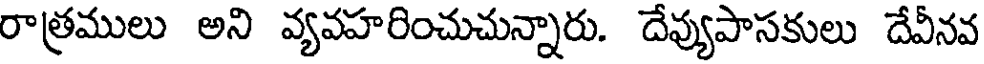
రాత్రములు అని వ్యవహరించుచున్నారు. దేవ్యుపాసకులు దేవీనవ